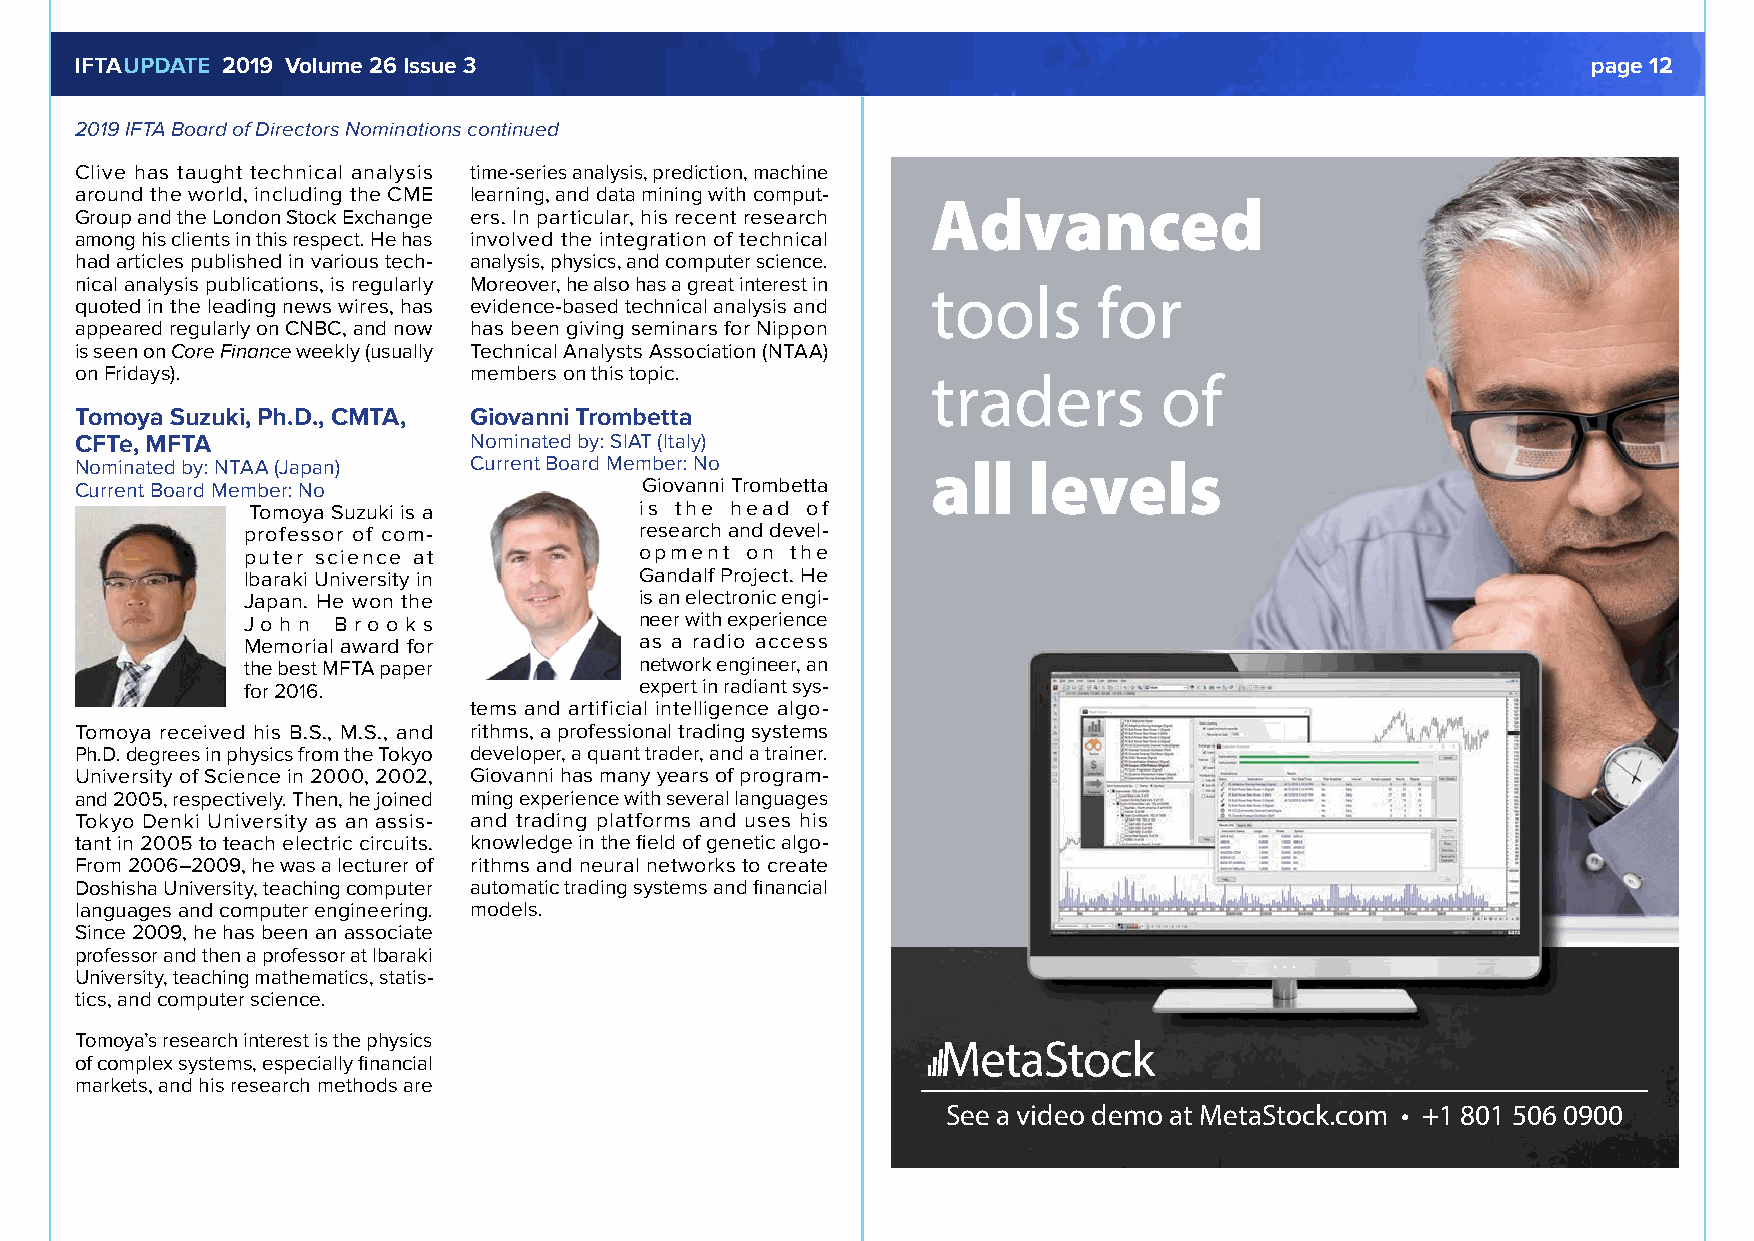
IFTAUPDATE 2019 Volume 26 Issue 3                                                                   page 12
 2019 IFTA Board of Directors Nominations continued
 Clive has taught technical analysis time-series analysis, prediction, machine
 around the world, including the CME learning, and data mining with comput-
 Advanced
 Group and the London Stock Exchange ers. In particular, his recent research
 among his clients in this respect. He has involved the integration of technical
 had articles published in various tech- analysis, physics, and computer science.
 nical analysis publications, is regularly Moreover, he also has a great interest in
 tools      for
 quoted in the leading news wires, has evidence-based technical analysis and
 appeared regularly on CNBC, and now has been giving seminars for Nippon
 is seen on Core Finance weekly (usually Technical Analysts Association (NTAA)
 on Fridays).              members on this topic.
 traders        of
 Tomoya Suzuki, Ph.D., CMTA, Giovanni Trombetta
 CFTe, MFTA                Nominated by: SIAT (Italy)
 Nominated by: NTAA (Japan) Current Board Member: No      all   levels
 Current Board Member: No              Giovanni Trombetta
 Tomoya Suzuki is a        is the head of
 professor of com-         research and devel-
 puter science at          opment on the
 Ibaraki University in     Gandalf Project. He
 Japan. He won the         is an electronic engi-
 J o h n B r o o k s       neer with experience
 Memorial award for        as a radio access
 the best MFTA paper       network engineer, an
 for 2016.                 expert in radiant sys-
 tems and artificial intelligence algo-
 Tomoya received his B.S., M.S., and rithms, a professional trading systems
 Ph.D. degrees in physics from the Tokyo developer, a quant trader, and a trainer.
 University of Science in 2000, 2002, Giovanni has many years of program-
 and 2005, respectively. Then, he joined ming experience with several languages
 Tokyo Denki University as an assis- and trading platforms and uses his
 tant in 2005 to teach electric circuits. knowledge in the field of genetic algo-
 From 2006–2009, he was a lecturer of rithms and neural networks to create
 Doshisha University, teaching computer automatic trading systems and financial
 languages and computer engineering. models.
 Since 2009, he has been an associate
 professor and then a professor at Ibaraki
 University, teaching mathematics, statis-
 tics, and computer science.
 Tomoya’s research interest is the physics
 of complex systems, especially financial
 markets, and his research methods are
 See a video demo at MetaStock.com • +1 801 506 0900
 IFTA Journal Ad 13x17.indd 1                6/7/19 2:08 PM